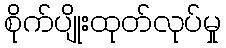
စိုက်ပျိုးထုတ်လုပ်မှု